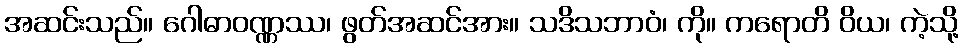
အဆင်းသည်။ ဂေါဓာဝဏ္ဏဿ၊ ဖွတ်အဆင်အား။ သဒိသဘာဝံ၊ ကို။ ကရောတိ ဝိယ၊ ကဲ့သို့